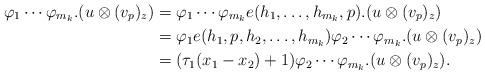
LaTeX: \begin{align*} \varphi_{1} \cdots \varphi_{m_k}.(u \otimes (v_p)_z) &= \varphi_{1} \cdots \varphi_{m_k}e(h_1, \ldots , h_{m_k},p).(u \otimes (v_p)_z) \\ &= \varphi_{1} e(h_1,p,h_2, \ldots , h_{m_k}) \varphi_2 \cdots \varphi_{m_k}.(u \otimes (v_p)_z) \\ &= (\tau_1 (x_1 - x_2) + 1) \varphi_2 \cdots \varphi_{m_k}.(u \otimes (v_p)_z). \end{align*}